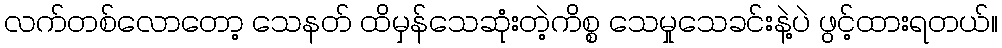
လက်တစ်လောတော့ သေနတ် ထိမှန်သေဆုံးတဲ့ကိစ္စ သေမှုသေခင်းနဲ့ပဲ ဖွင့်ထားရတယ်။